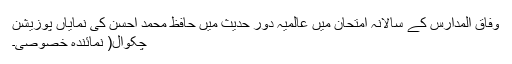
وفاق المدارس کے سالانہ امتحان میں عالمیہ دور حدیث میں حافظ محمد احسن کی نمایاں پوزیشن
چکوال( نمائندہ خصوصی۔